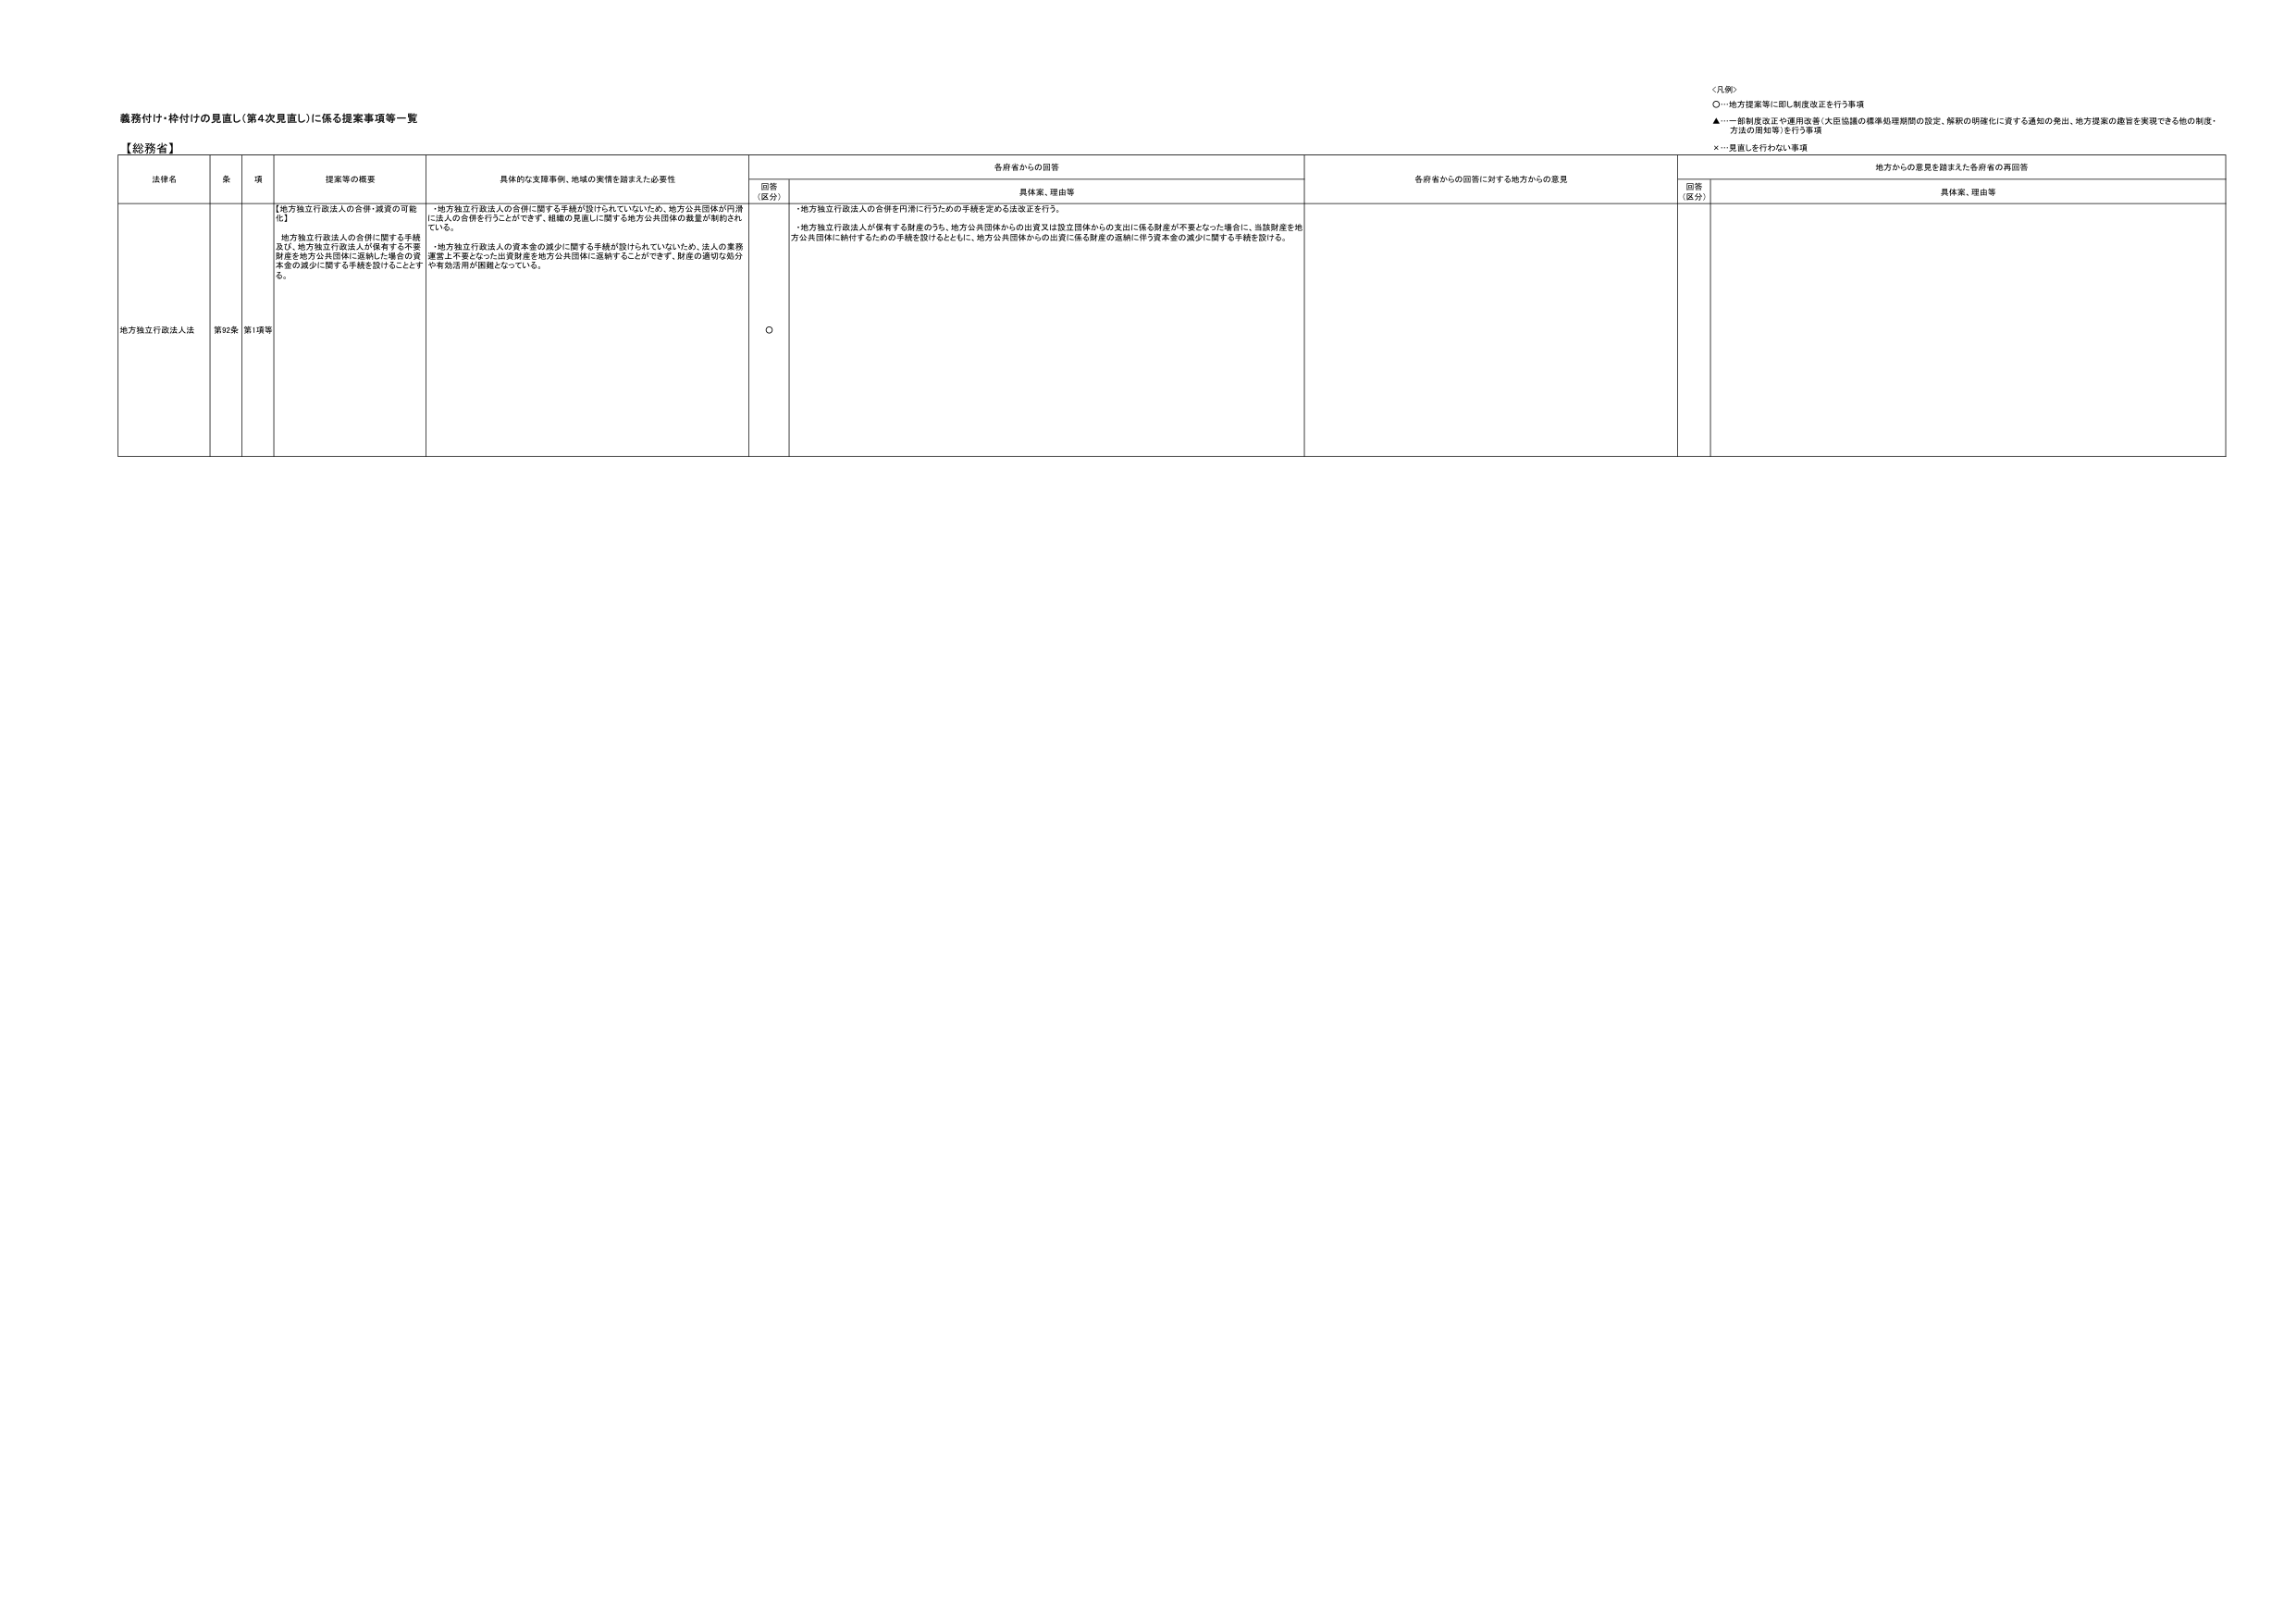
義務付け・枠付けの見直し（第4次見直し）に係る提案事項等一覧

【総務省】

法律名　　条　　項　　提案等の概要　　具体的な支援事例、地域の実情を踏まえた必要性　　各府省からの回答　　各府省からの回答に対する地方からの意見　　地方からの意見を踏まえた各府省の再回答

回答（区分）　　具体案、理由等　　回答（区分）　　具体案、理由等

地方独立行政法人法　　第92条　第1項等　　【地方独立行政法人の合併・減資の可能化】
地方独立行政法人の合併に関する手続及び、地方独立行政法人が保有する不要財産を地方公共団体に返納した場合の資本金の減少に関する手続を設けることとする。
・地方独立行政法人の合併に関する手続が設けられていないため、地方公共団体が円滑に法人の合併を行うことができず、組織の見直しに関する地方公共団体の裁量が制約されている。
・地方独立行政法人の資本金の減少に関する手続が設けられていないため、法人の業務運営上不要となった出資財産を地方公共団体に返納することができず、財産の適切な処分や有効活用が困難となっている。
○　　・地方独立行政法人の合併を円滑に行うための手続を定める法改正を行う。
・地方独立行政法人が保有する財産のうち、地方公共団体からの出資又は設立団体からの支出に係る財産が不要となった場合に、当該財産を地方公共団体に納付するための手続を設けるとともに、地方公共団体からの出資に係る財産の返納に伴う資本金の減少に関する手続を設ける。

＜凡例＞
○…地方提案等に即し制度改正を行う事項
▲…一部制度改正や運用改善（大臣協議の標準処理期間の設定、解釈の明確化に資する通知の発出、地方提案の趣旨を実現できる他の制度・方法の周知等）を行う事項
×…見直しを行わない事項